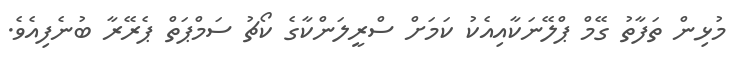
މުޅިން ތަފާތު ގޭމް ޕްލޭނަކާއިއެކު ކަމަށް ސްރީލަންކާގެ ކޯޗު ސަމްޕަތް ޕެރޭރާ ބުނެފިއެވެ.